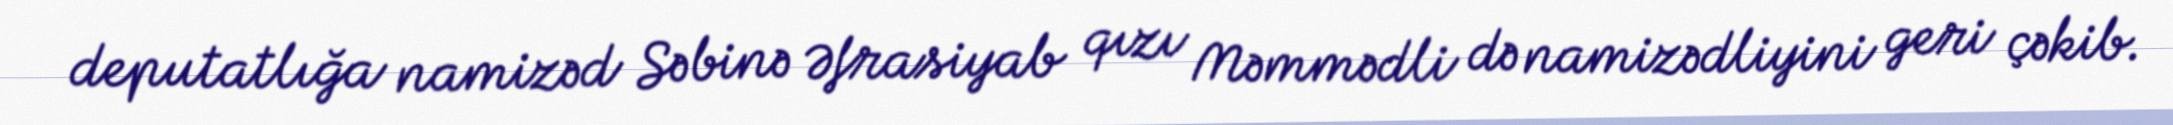
deputatlığa namizəd Səbinə Əfrasiyab qızı Məmmədli də namizədliyini geri çəkib.